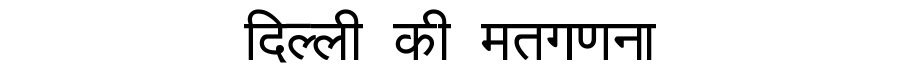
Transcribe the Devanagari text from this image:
दिल्ली की मतगणना